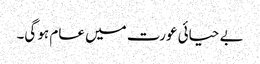
بے حیائی عورت میں عام ہو گی۔